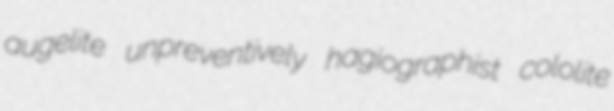
augelite unpreventively hagiographist cololite